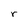
Character: r